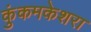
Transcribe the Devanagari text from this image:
कुंकमकेशरा